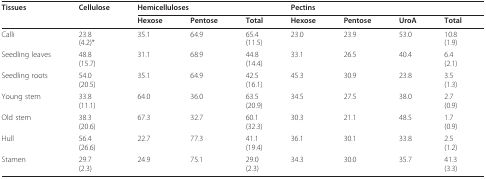
<table><thead><tr><td><b>Tissues</b></td><td><b>Cellulose</b></td><td colspan="3"><b>Hemicelluloses</b></td><td colspan="4"><b>Pectins</b></td></tr><tr><td></td><td></td><td><b>Hexose</b></td><td><b>Pentose</b></td><td><b>Total</b></td><td><b>Hexose</b></td><td><b>Pentose</b></td><td><b>UroA</b></td><td><b>Total</b></td></tr></thead><tbody><tr><td>Calli</td><td>23.8(4.2)*</td><td>35.1</td><td>64.9</td><td>65.4(11.5)</td><td>23.0</td><td>23.9</td><td>53.0</td><td>10.8(1.9)</td></tr><tr><td>Seedling leaves</td><td>48.8(15.7)</td><td>31.1</td><td>68.9</td><td>44.8(14.4)</td><td>33.1</td><td>26.5</td><td>40.4</td><td>6.4(2.1)</td></tr><tr><td>Seedling roots</td><td>54.0(20.5)</td><td>35.1</td><td>64.9</td><td>42.5(16.1)</td><td>45.3</td><td>30.9</td><td>23.8</td><td>3.5(1.3)</td></tr><tr><td>Young stem</td><td>33.8(11.1)</td><td>64.0</td><td>36.0</td><td>63.5(20.9)</td><td>34.5</td><td>27.5</td><td>38.0</td><td>2.7(0.9)</td></tr><tr><td>Old stem</td><td>38.3(20.6)</td><td>67.3</td><td>32.7</td><td>60.1(32.3)</td><td>30.3</td><td>21.1</td><td>48.5</td><td>1.7(0.9)</td></tr><tr><td>Hull</td><td>56.4(26.6)</td><td>22.7</td><td>77.3</td><td>41.1(19.4)</td><td>36.1</td><td>30.1</td><td>33.8</td><td>2.5(1.2)</td></tr><tr><td>Stamen</td><td>29.7(2.3)</td><td>24.9</td><td>75.1</td><td>29.0(2.3)</td><td>34.3</td><td>30.0</td><td>35.7</td><td>41.3(3.3)</td></tr></tbody></table>